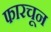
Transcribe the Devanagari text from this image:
फारचून